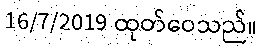
16/7/2019 ထုတ်ဝေသည်။